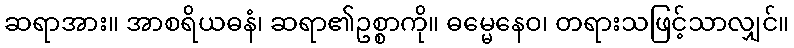
ဆရာအား။ အာစရိယဓနံ၊ ဆရာ၏ဥစ္စာကို။ ဓမ္မေနေဝ၊ တရားသဖြင့်သာလျှင်။